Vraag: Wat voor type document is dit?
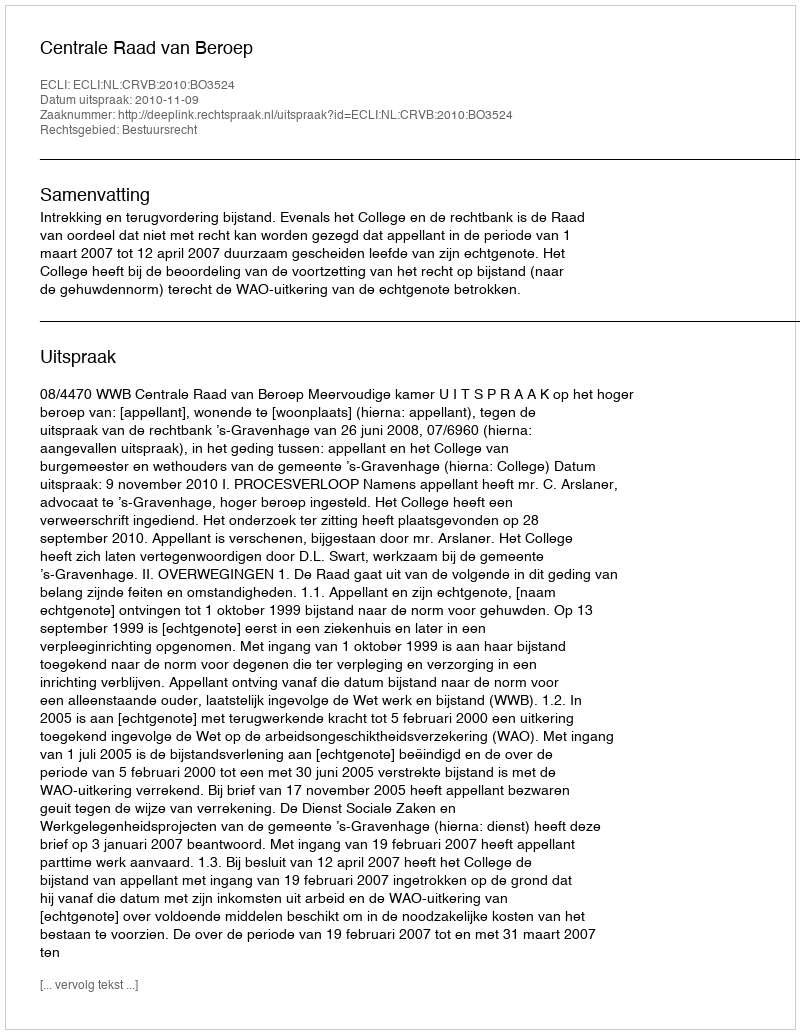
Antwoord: Uitspraak